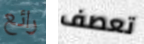
رائع تعصف